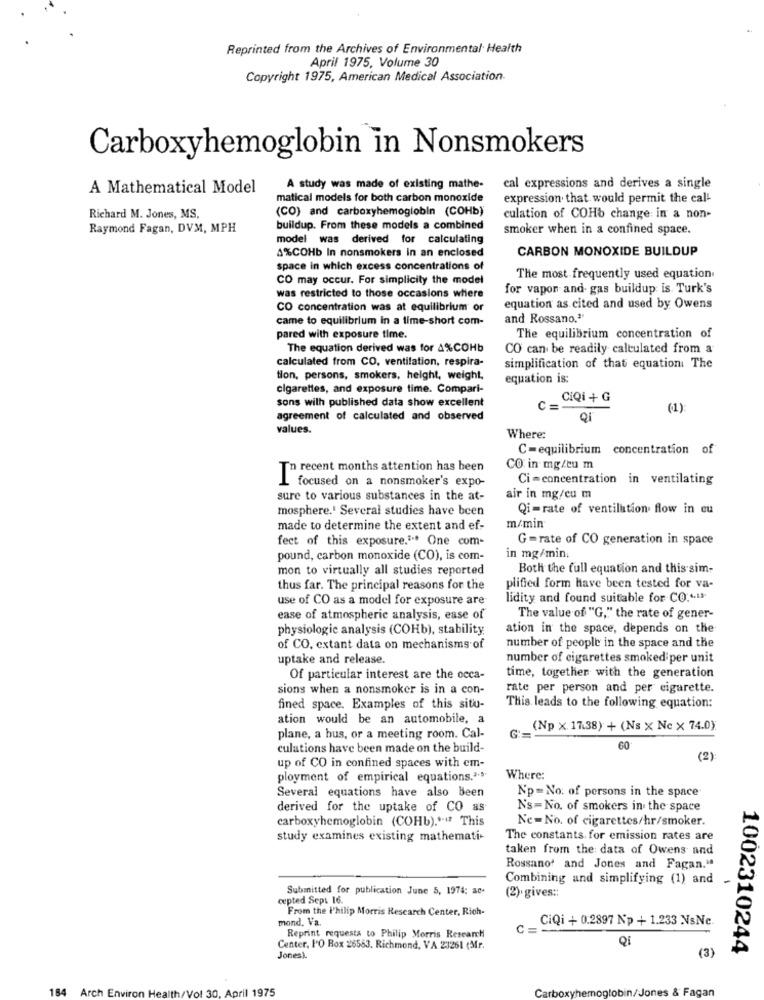
Reprinted from the Archives of Environmental Health
April 1975, Volume 30
Copyright 1975, American Medical Association.
Carboxyhemoglobin in Nonsmokers
A Mathematical Model
A study was made of existing mathe-
cal expressions and derives a single
matical models for both carbon monoxide
expression that would permit the cal-
(CO) and carboxyhemoglobin (COHb)
Richard M. Jones, MS,
culation of COHb change in a non-
Raymond Fagan, DVM, MPH
buildup. From these models a combined
smoker when in a confined space.
model was derived for calculating
4%COHb In nonsmokers in an enclosed
CARBON MONOXIDE BUILDUP
space in which excess concentrations of
CO may occur. For simplicity the model
The most frequently used equation.
for vapor and gas buildup is. Turk's
was restricted to those occasions where
CO concentration was at equilibrium or
equation as cited and used by Owens
came to equilibrium in a time-short com-
and Rossano.'
pared with exposure time.
The equilibrium concentration of
The equation derived was for A%COHb
CO can be readily calculated from a
calculated from CO, ventilation, respira-
simplification of that equation: The
tion, persons, smokers, height, weight,
equation is:
cigarettes, and exposure time. Compari-
sons with published data show excellent
CiQi + G
c =-
(1):
agreement of calculated and observed
Qi
values.
Where:
C=equilibrium concentration of
In recent months attention has been
CO in mg/eu m
I focused on a nonsmoker's expo-
Ci-concentration in ventilating
sure to various substances in the at-
air in mg/cu m
mosphere.' Several studies have been
Qi-rate of ventilation flow in eu
made to determine the extent and ef-
m/min
fect of this exposure."" One com-
G=rate of CO generation in space
pound, carbon monoxide (CO), is com-
in mg/min.
mon to virtually all studies reported
Both the full equation and this sim-
thus far. The principal reasons for the
plified form have been tested for va-
use of CO as a model for exposure are-
lidity and found suitable for CO .*. 11
ease of atmospheric analysis, ease of
The value of "G," the rate of gener-
physiologie analysis (COHb), stability
ation in the space, depends on the
of CO. extant data on mechanisms of
number of people in the space and the
uptake and release.
number of cigarettes smoked per unit
Of particular interest are the occa-
time, together with the generation
sions when a nonsmoker is in a con-
rate per person and per cigarette.
fined space. Examples of this situ-
This leads to the following equation:
ation would be an automobile, a
(Np × 17.38) + (Ns x Ne × 74.0)
plane, a bus, or a meeting room. Cal-
culations have been made on the build-
60
(2)
up of CO in confined spaces with cm-
ployment of empirical equations.">
Where:
Several equations have also Been
Np= No: of persons in the space
derived for the uptake of CO as
Ns=No. of smokers in the space
carboxyhemoglobin (COHb) .*** This
Ne-No. of cigarettes/hr/smoker.
study examines existing mathemati-
The constants for emission rates are
taken from the data of Owens and
Rossano' and Jones and Fagan."
Combining and simplifying (1) and
Submitted for publication June 5, 1974; ac-
(2). gives ::
cepted Sept 16.
From the Philip Morris Research Center, Rich-
mond. Va.
CiQi + 0.2897 Np + 1.233 NsNc.
C:
Reprint requesta to Philip Morris Research
Qi
Center, I'O Box 26563. Richmond, VA 23261 (Mr.
(3)
1002310244
Jones).
184 Arch Environ Health/Vol 30. April 1975
Carboxyhemoglobin/Jones & Fagan